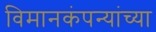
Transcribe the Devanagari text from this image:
विमानकंपन्यांच्या